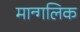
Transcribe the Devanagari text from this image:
मान्गलिक